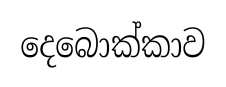
දෙබොක්කාව